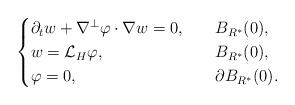
LaTeX: \begin{align*}\begin{cases}\partial_t w+\nabla^\perp\varphi\cdot \nabla w=0,\ \ &\ B_{R^*}(0),\\w=\mathcal{L}_H\varphi,\ \ &\ B_{R^*}(0),\\\varphi=0,\ \ &\ \partial B_{R^*}(0).\end{cases}\end{align*}